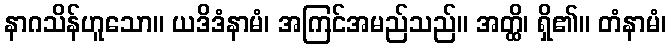
နာဂသိန်ဟူသော။ ယဒိဒံနာမံ၊ အကြင်အမည်သည်။ အတ္ထိ၊ ရှိ၏။ တံနာမံ၊